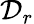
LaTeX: \mathcal{D}_{r}